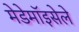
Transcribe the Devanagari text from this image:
मेडेमॉइसेले